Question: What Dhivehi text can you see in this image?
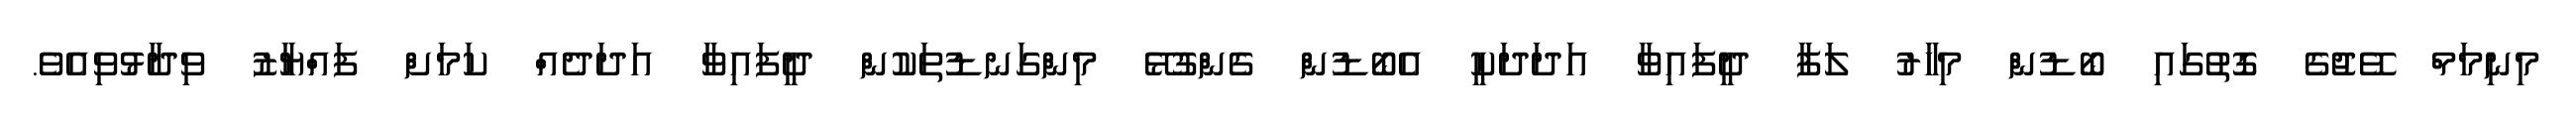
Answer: މިނިމަމް ވޭޖުގެ ގޮތުގައި ބޯޑުން މިހާރު ލަފާ ދީފައިވާ އަދަދަކީ އެބޯޑުން ގެންގުޅޭ މިންގަނޑުތަކުން ދީފައިވާ އަދަދެއް ކަމަށް ފައްޔާޒު ވިދާޅުވިއެވެ.